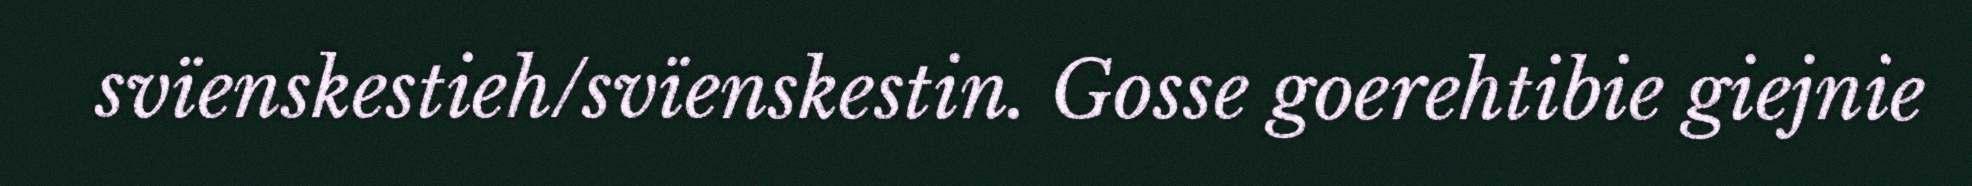
svïenskestieh/svïenskestin. Gosse goerehtibie giejnie